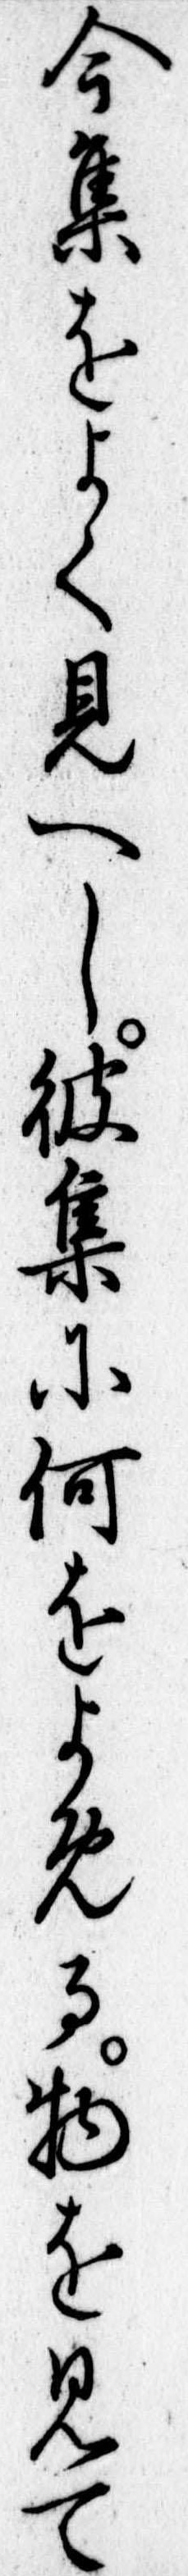
今集をよく見へし彼集に何をよめる物を見て